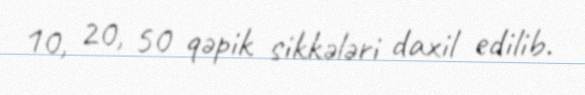
10, 20, 50 qəpik sikkələri daxil edilib.